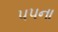
૫૫ના